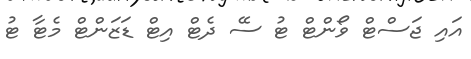
އައި ޖަސްޓް ވޯންޓް ޓު ސޭ ދެޓް އިޓް ޑަޒަންޓް މެޓާ ޓު